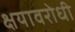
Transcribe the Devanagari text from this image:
क्षयावरोधी